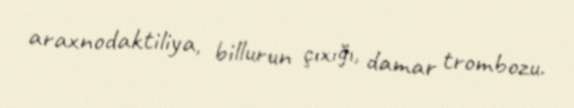
araxnodaktiliya, billurun çıxığı, damar trombozu.